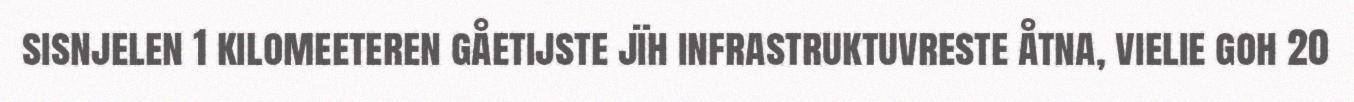
sisnjelen 1 kilomeeteren gåetijste jïh infrastruktuvreste åtna, vielie goh 20